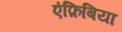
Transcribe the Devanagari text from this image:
एंफ़िबिया